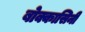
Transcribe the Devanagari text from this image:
बोक्कासिनी